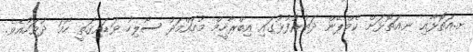
ށ.އަތޮޅާއި ނ.އަތޮޅަށް ކެމްޕޭން ދަތުރުފުޅުގައި އިބްރާހީމް މުހައްމަދު ސޯލިހު ވަޑައިގަތީ ހޯމަ ދުވަހުއެވެ.